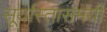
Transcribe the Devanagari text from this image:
सूर्यास्तासमयी